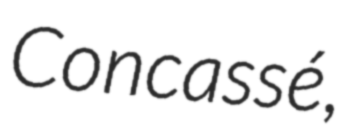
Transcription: Concassé,